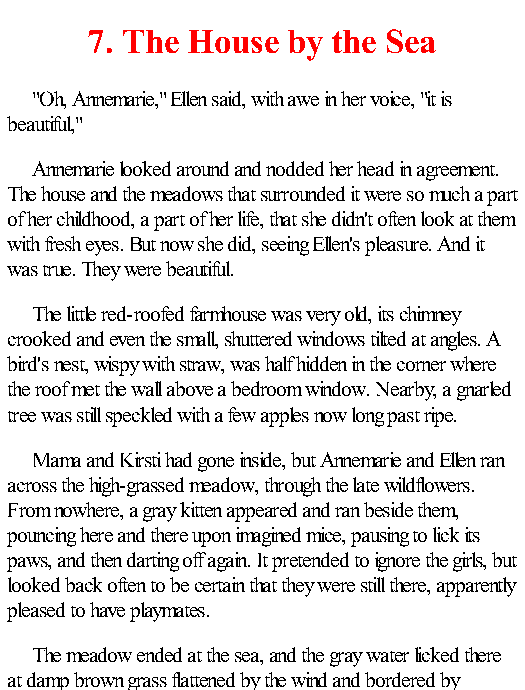
7. The House by the Sea
 "Oh, Annemarie," Ellen said, with awe in her voice, "it is
 beautiful,"
 Annemarie looked around and nodded her head in agreement.
 The house and the meadows that surrounded it were so much a part
 of her childhood, a part of her life, that she didn't often look at them
 with fresh eyes. But now she did, seeing Ellen's pleasure. And it
 was true. They were beautiful.
 The little red-roofed farmhouse was very old, its chimney
 crooked and even the small, shuttered windows tilted at angles. A
 bird's nest, wispy with straw, was half hidden in the corner where
 the roof met the wall above a bedroom window. Nearby, a gnarled
 tree was still speckled with a few apples now long past ripe.
 Mama and Kirsti had gone inside, but Annemarie and Ellen ran
 across the high-grassed meadow, through the late wildflowers.
 From nowhere, a gray kitten appeared and ran beside them,
 pouncing here and there upon imagined mice, pausing to lick its
 paws, and then darting off again. It pretended to ignore the girls, but
 looked back often to be certain that they were still there, apparently
 pleased to have playmates.
 The meadow ended at the sea, and the gray water licked there
 at damp brown grass flattened by the wind and bordered by